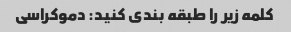
کلمه زیر را طبقه بندی کنید: دموکراسی